Civil Veterinary Department Bihar & Orissa reports 1929-36 - 1929-1936
Year: 1929
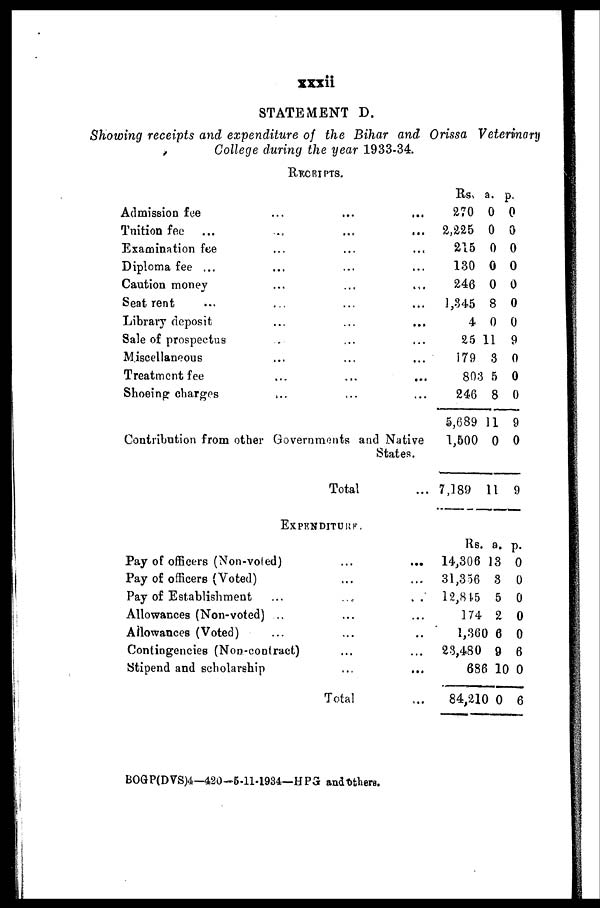
xxxii
STATEMENT D.
Showing receipts and expenditure of the Bihar and Orissa Veterinary
College during the year 1933-34.
RECEIPTS.
Admission fee ... ... ...
Tuition fee ... .. ... ...
Examination fee ... ... ...
Diploma fee ... ... ... ...
Caution money ... ... ...
Seat rent ... ... ... ...
Library deposit ... ... ...
Sale of prospectus . ... ...
Miscellaneous ... ... ...
Treatment fee ... ... ...
Shoeing charges ... ... ...
Contribution from other Governments and Native
States.
Total ...
Rs.
270
2,225
215
130
246
1,345
4
25
179
803
246
5,689
1,600
7,189
a.
0
0
0
0
0
8
0
11
8
5
8
11
0
11
p.
0
0
0
0
0
0
0
9
0
0
0
9
0
9
EXPENDITURE.
Pay of officers (Non-voted) ... ...
Pay of officers (Voted) ... ...
Pay of Establishment
...
...
. .
Allowances (Non-voted) .. ... ...
Allowances (Voted) ... ... ..
Contingencies (Non-contract) ... ...
Stipend and scholarship ... ...
...
Rs.
14,306
31,356
12,845
174
1,360
23,480
686
84,210
a.
13
3
5
2
6
9
10
0
p.
0
0
0
0
0
6
0
6
BOGP(DVS)4-420-5-11-1934—HPG and others.